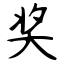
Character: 奖